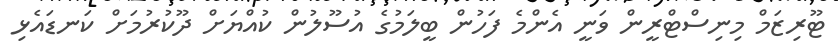
ޓޫރިޒަމް މިނިސްޓްރީން ވަނީ އެންމެ ފަހުން ބީލަމުގެ އުސޫލުން ކުއްޔަށް ދޫކުރުމަށް ކަނޑައެޅި